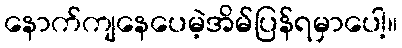
နောက်ကျနေပေမဲ့အိမ်ပြန်ရမှာပေါ့။